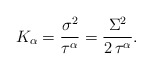
\begin{align*}K_{\alpha} = \frac{\sigma^2}{\tau^{\alpha}} = \frac{\Sigma^2}{2\,\tau^{\alpha}}.\end{align*}